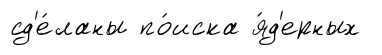
сд'е́ланы по́иска я́д'ерных